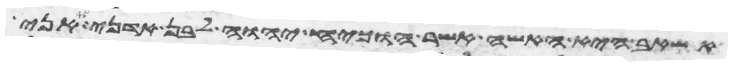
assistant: אשאב היא האשה אשר הוכיח יהוה לבן אדני אני